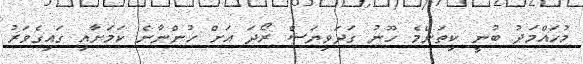
މުހައްމަދު ބުނީ ކިތަންމެ ހޫނު ގަދަވިޔަސް ރޯދަ އަށް ހުންނާނެ ކަމަށާއި ގައިގެވަރު